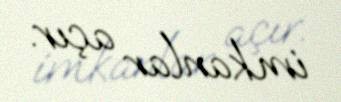
imkanlar açır.